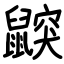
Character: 鼵